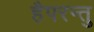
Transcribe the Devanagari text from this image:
हैपरन्तु